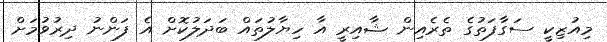
މިއުޒިކީ ސަގާފަތުގެ ތެރެއިން ޝާއިރީ އާ ހިޔާލުތައް ބަދަލުކޮށް އެ ފަންނު ދިރުވުމަށް